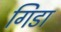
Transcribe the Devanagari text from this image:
गिडा